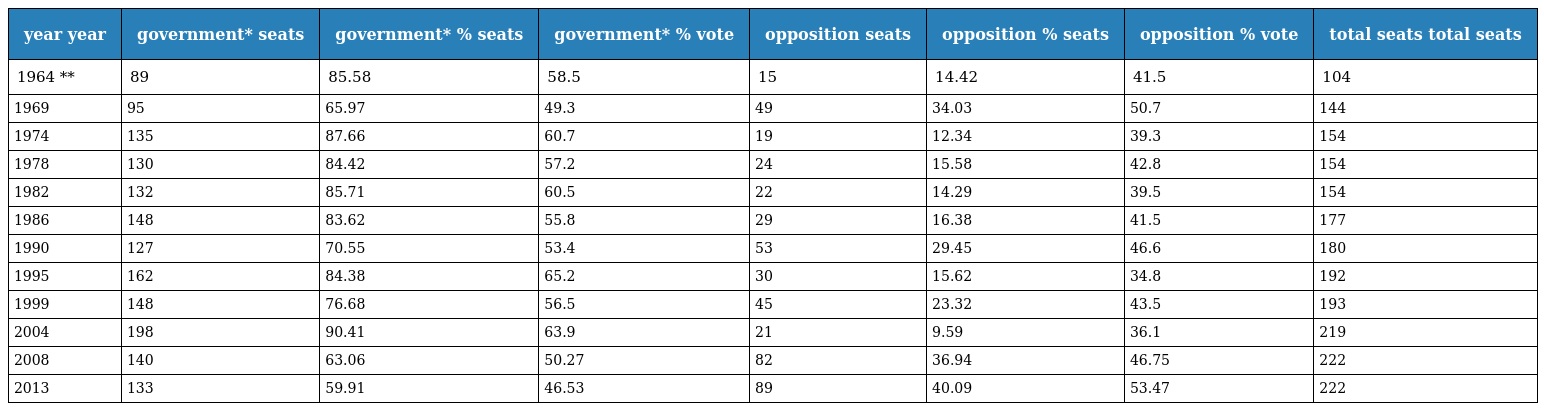
| year year | government* seats | government* % seats | government* % vote | opposition seats | opposition % seats | opposition % vote | total seats total seats |
 | --- | --- | --- | --- | --- | --- | --- | --- |
 | 1964 ** | 89 | 85.58 | 58.5 | 15 | 14.42 | 41.5 | 104 |
 | 1969 | 95 | 65.97 | 49.3 | 49 | 34.03 | 50.7 | 144 |
 | 1974 | 135 | 87.66 | 60.7 | 19 | 12.34 | 39.3 | 154 |
 | 1978 | 130 | 84.42 | 57.2 | 24 | 15.58 | 42.8 | 154 |
 | 1982 | 132 | 85.71 | 60.5 | 22 | 14.29 | 39.5 | 154 |
 | 1986 | 148 | 83.62 | 55.8 | 29 | 16.38 | 41.5 | 177 |
 | 1990 | 127 | 70.55 | 53.4 | 53 | 29.45 | 46.6 | 180 |
 | 1995 | 162 | 84.38 | 65.2 | 30 | 15.62 | 34.8 | 192 |
 | 1999 | 148 | 76.68 | 56.5 | 45 | 23.32 | 43.5 | 193 |
 | 2004 | 198 | 90.41 | 63.9 | 21 | 9.59 | 36.1 | 219 |
 | 2008 | 140 | 63.06 | 50.27 | 82 | 36.94 | 46.75 | 222 |
 | 2013 | 133 | 59.91 | 46.53 | 89 | 40.09 | 53.47 | 222 |